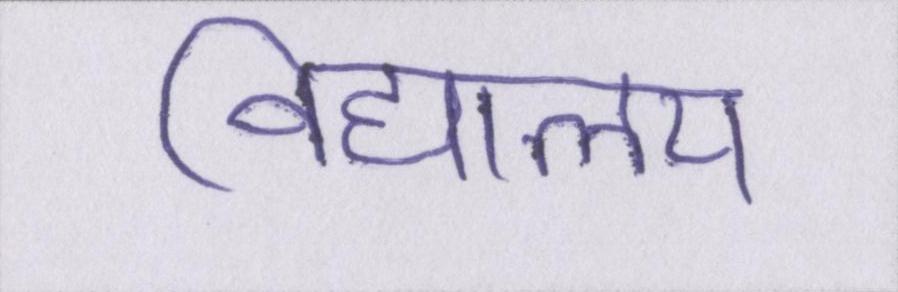
विद्यालय